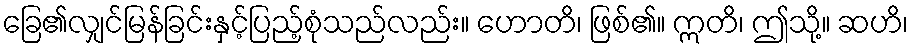
ခြေ၏လျှင်မြန်ခြင်းနှင့်ပြည့်စုံသည်လည်း။ ဟောတိ၊ ဖြစ်၏။ ဣတိ၊ ဤသို့။ ဆဟိ၊